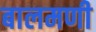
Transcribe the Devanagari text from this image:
बालमणी